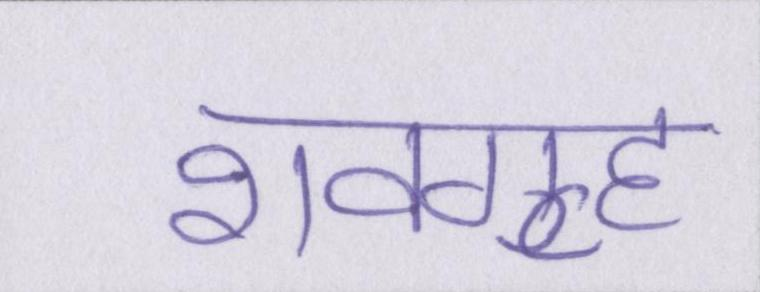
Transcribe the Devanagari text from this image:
शवगृह